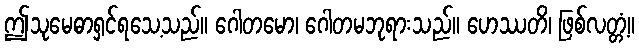
ဤသုမေဓာရှင်ရသေ့သည်။ ဂေါတမော၊ ဂေါတမဘုရားသည်။ ဟေဿတိ၊ ဖြစ်လတ္တံ့။